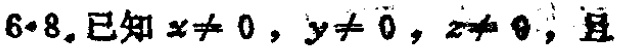
$6 \cdot 8.已知x\neq 0，y\neq 0，z\neq 0，且$